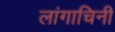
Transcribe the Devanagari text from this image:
लांगाचिनी